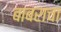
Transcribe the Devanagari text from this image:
बाबराचा